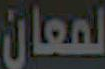
لمعان